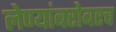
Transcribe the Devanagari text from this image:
लेण्यांबरोबरच